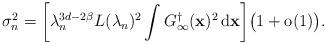
LaTeX: \begin{align*}\sigma_n^2 = \biggl[ {\lambda}_{n}^{3d-2\beta}L({\lambda}_{n})^2 \int{G^\dagger_{\infty}}(\mathbf{x})^2 \,\mathrm{d}\mathbf{x} \biggr]\bigl(1+\mathrm{o}(1)\bigr).\end{align*}